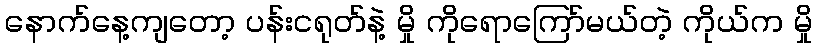
နောက်နေ့ကျတော့ ပန်းငရုတ်နဲ့ မှို ကိုရောကြော်မယ်တဲ့ ကိုယ်က မှို